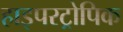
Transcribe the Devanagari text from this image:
हाइपरट्रोपिक